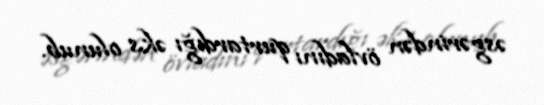
əsgərindən övladını qurtardığı əks olunub.